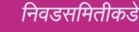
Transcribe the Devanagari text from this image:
निवडसमितीकडे